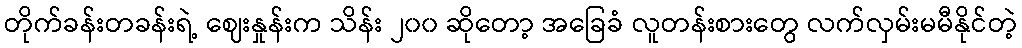
တိုက်ခန်းတခန်းရဲ့ ဈေးနှုန်းက သိန်း ၂၀၀ ဆိုတော့ အခြေခံ လူတန်းစားတွေ လက်လှမ်းမမီနိုင်တဲ့